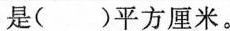
是( )平方厘米。